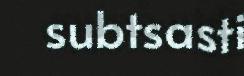
subtsasti